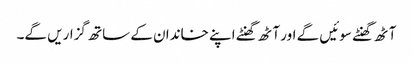
آٹھ گھنٹے سوئیں گے اور آٹھ گھنٹے اپنے خاندان کے ساتھ گزاریں گے۔